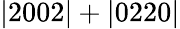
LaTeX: \mathrm{|2002|+|0220|}